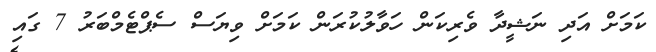
ކަމަށް އަދި ނަޝީދާ ވެރިކަން ހަވާލުކުރަން ކަމަށް ވިޔަސް ސެޕްޓެމްބަރު 7 ގައި